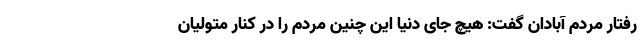
رفتار مردم آبادان گفت: هیچ جای دنیا این چنین مردم را در کنار متولیان